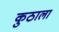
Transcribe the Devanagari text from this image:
कुठाला